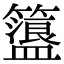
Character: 𥶞